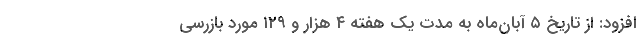
افزود: از تاریخ ۵ آبان‌ماه به مدت یک هفته ۴ هزار و ۱۲۹ مورد بازرسی